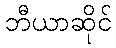
ဘီယာဆိုင်